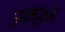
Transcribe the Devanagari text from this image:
उकसे